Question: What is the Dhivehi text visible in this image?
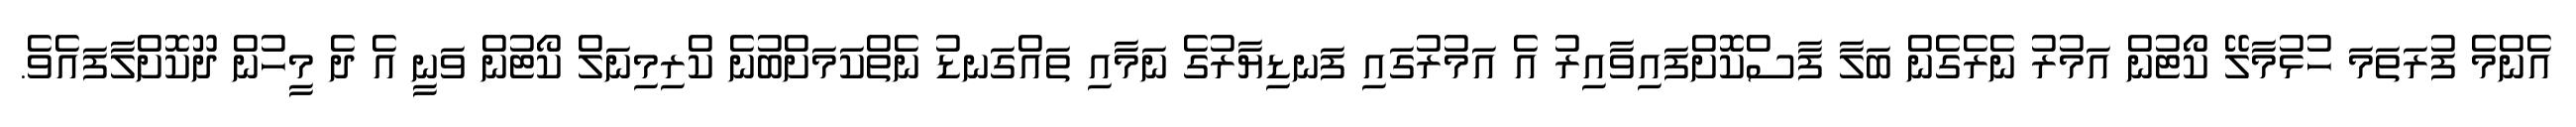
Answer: އެންމެ ފުރަތަމަ ހުޅުމާލޭ ކޯޓުން އަމުރު ނެރެގެން ބަލާ ފާސްކޮށްފައިވާއިރު އެ އަމުރުގައި ފަނޑިޔާރުގެ ނަމާއި ތައްގަނޑު ނެތްކަމަށްބުނެ ކްރިމިނަލް ކޯޓުން ވަނީ އެ ދެ މީހުން ދޫކޮށްލާފައެވެ.